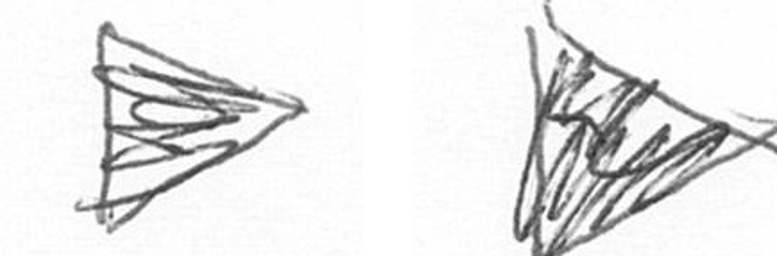
T T